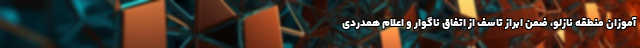
آموزان منطقه نازلو، ضمن ابراز تاسف از اتفاق ناگوار و اعلام همدردی